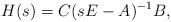
LaTeX: \begin{align*} H (s) = C (sE-A)^{-1} B , \end{align*}